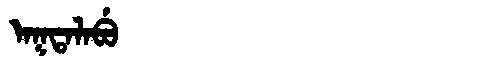
Manchu: ᠠᡴᡨᠠᠯᠠᠪᡠ
Romanization: AKTALABU